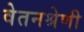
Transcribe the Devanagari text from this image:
वेतनश्रेणी